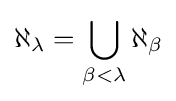
\aleph _{\lambda }=\bigcup _{\beta <\lambda }\aleph _{\beta }